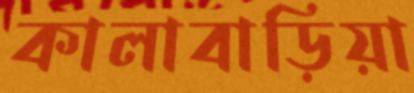
কালাবাড়িয়া